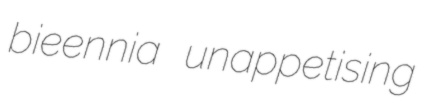
bieennia unappetising